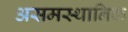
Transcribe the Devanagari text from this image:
असमस्थानिक